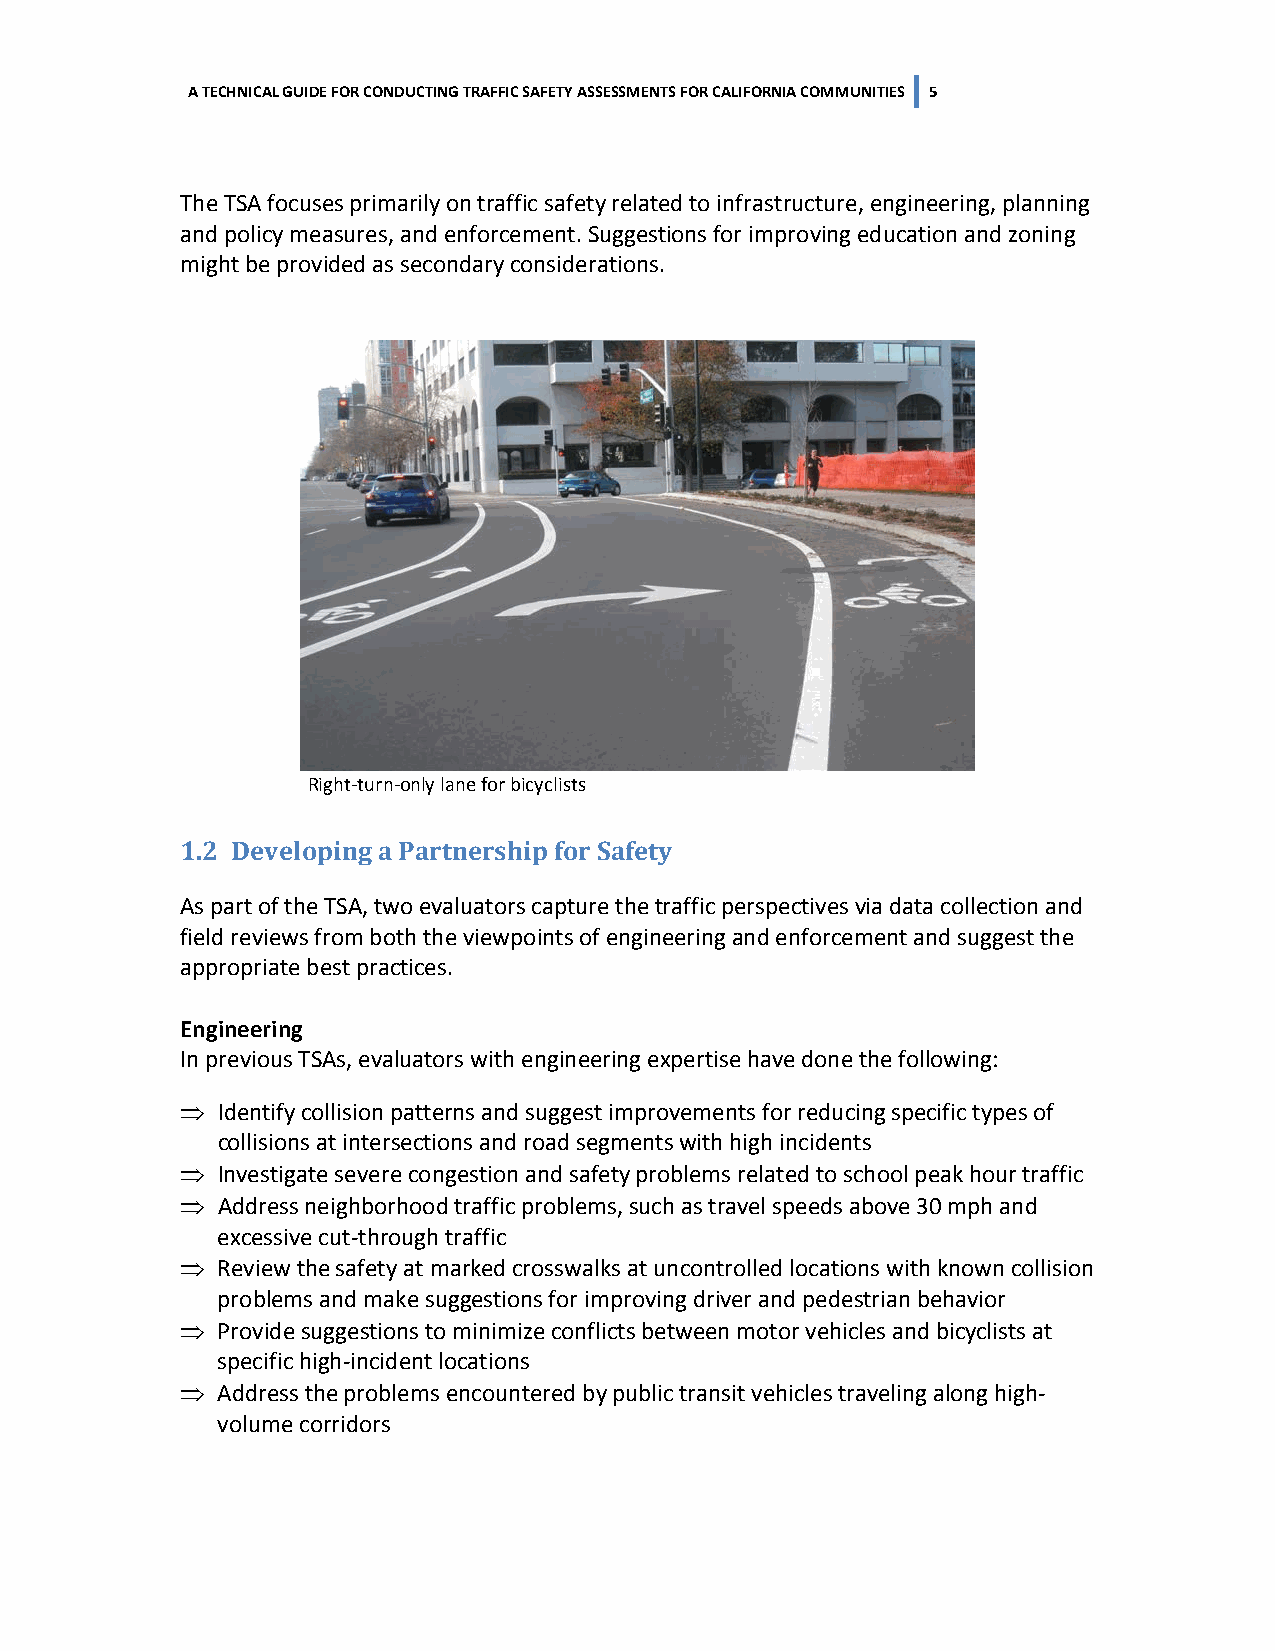
A TECHNICAL GUIDE FOR CONDUCTING TRAFFIC SAFETY ASSESSMENTS FOR CALIFORNIA COMMUNITIES 5
 The TSA focuses primarily on traffic safety related to infrastructure, engineering, planning
 and policy measures, and enforcement. Suggestions for improving education and zoning
 might be provided as secondary considerations.
 Right-turn-only lane for bicyclists
 1.2 Developing a Partnership for Safety
 As part of the TSA, two evaluators capture the traffic perspectives via data collection and
 field reviews from both the viewpoints of engineering and enforcement and suggest the
 appropriate best practices.
 Engineering
 In previous TSAs, evaluators with engineering expertise have done the following:
 ⇒ Identify collision patterns and suggest improvements for reducing specific types of
 collisions at intersections and road segments with high incidents
 ⇒ Investigate severe congestion and safety problems related to school peak hour traffic
 ⇒ Address neighborhood traffic problems, such as travel speeds above 30 mph and
 excessive cut-through traffic
 ⇒ Review the safety at marked crosswalks at uncontrolled locations with known collision
 problems and make suggestions for improving driver and pedestrian behavior
 ⇒ Provide suggestions to minimize conflicts between motor vehicles and bicyclists at
 specific high-incident locations
 ⇒ Address the problems encountered by public transit vehicles traveling along high-
 volume corridors